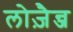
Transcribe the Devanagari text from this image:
लोज़ैन्ज